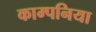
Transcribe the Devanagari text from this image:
काम्पनिया